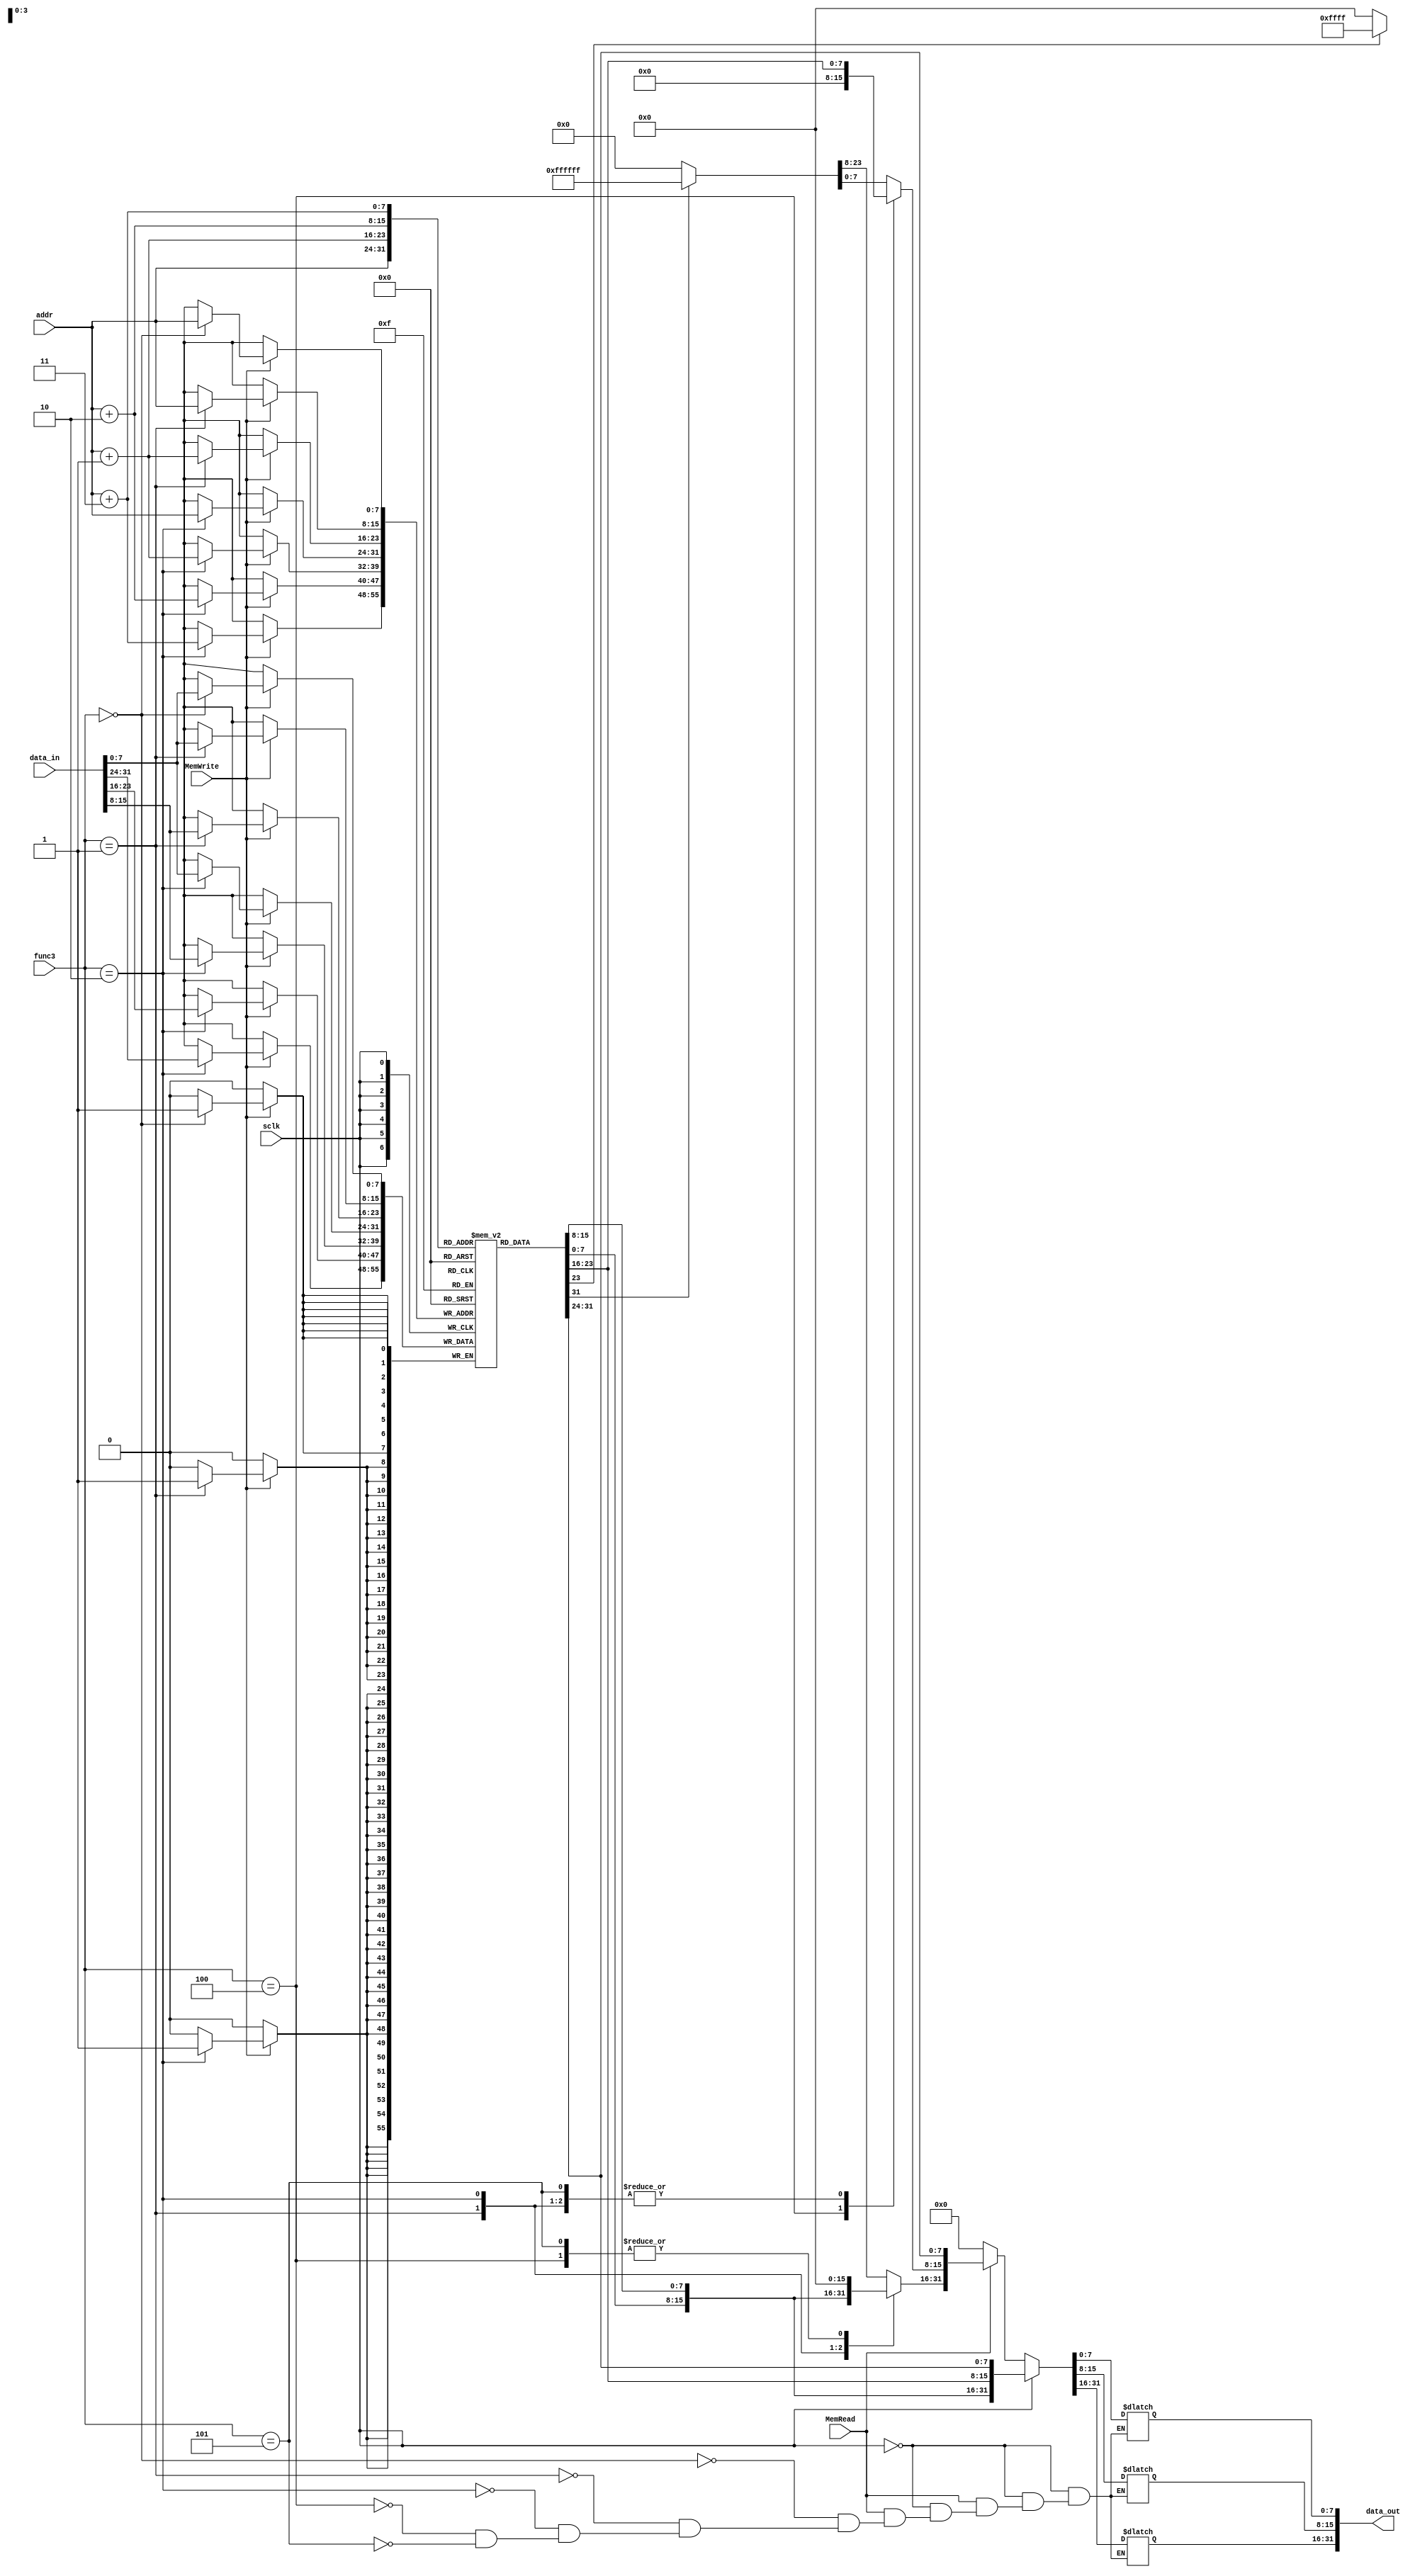
`timescale 1ns / 1ps
//////////////////////////////////////////////////////////////////////////////////
// Company: 
// Engineer: 
// 
// Design Name: 
// Module Name: memory
// Project Name: 
// Target Devices: 
// Tool Versions: 
// Description: 
// 
// Dependencies: 
// 
// Revision:
// Revision 0.01 - File Created
// Additional Comments:
// 
//////////////////////////////////////////////////////////////////////////////////


module memory(input sclk,input  MemRead, input MemWrite, 
             input [7:0] addr,input [31:0] data_in,input [2:0] func3,
              output reg [31:0] data_out);
              
              
               reg [7:0] mem [0:255];         
        
    
                                 always @(negedge sclk)
                                 begin
                                 if (MemWrite)
                                 begin
                                 case(func3)
                                            3'b000:begin //SB
                                            mem[addr] = data_in[7:0];
                                            end
                                            3'b001:begin //SH
                                            {mem[addr+1],mem[addr]} = data_in[15:0];
                                            end
                                            3'b010:begin //SW
                                            {mem[addr+3],mem[addr+2],mem[addr+1],mem[addr]} = data_in[31:0];
                                            end
                                             endcase
                                 end
                                 end
                                 always@(*) begin
                                  
                                         if(sclk==1)
                                         begin
                                          data_out={mem[addr+3],mem[addr+2],mem[addr+1],mem[addr]};
                                         end
                                 else
                                 
                                 if(MemRead)
                                     begin
                                         case(func3)
                                                3'b000:begin //LB
                                                 data_out[7:0]=mem[addr];
                                                if(data_out[7]==1)
                                                 data_out[31:8]=24'hffffff;
                                                else
                                                 data_out[31:8]=24'h000000;
                                                end
                                                3'b001:begin //LH
                                                data_out[15:0]={mem[addr+1],mem[addr]};
                                                if(data_out[15]==1)
                                                data_out[31:16]=16'hffff;
                                                else 
                                                data_out[31:16]=16'h0000;
                                                end
                                                3'b010:begin //LW
                                                data_out={mem[addr+3],mem[addr+2],mem[addr+1],mem[addr]};
                                                end
                                                3'b100:begin //LBU
                                                data_out[7:0]=mem[addr];
                                                data_out[31:8]=24'h000000;
                                                end
                                                3'b101:begin //LHU
                                                data_out[15:0]={mem[addr+1],mem[addr]};
                                                data_out[31:16]=16'h0000;
                                                end
                                        // assign data_out = MemRead?mem[addr]:0;
                                         endcase
                                     end
                                     else data_out=32'b00000000000000000000000000000000;  
                                end
                                 initial begin
                                 
                                 
                                 {mem[3],mem[2],mem[1],mem[0]}=32'h5dc00113;
                                 {mem[7],mem[6],mem[5],mem[4]}=32'h7ff00193;
                               {mem[11],mem[10],mem[9],mem[8]}=32'h40218233;
//                                 {mem[15],mem[14],mem[13],mem[12]}=32'h00310233;
                                 
//                                 {mem[19],mem[18],mem[17],mem[16]}=32'h021263b3;
//                                 {mem[23],mem[22],mem[21],mem[20]}=32'h02139433;
//                                 {mem[27],mem[26],mem[25],mem[24]}=32'h00219463;
                                 
                                 
                                 
                                   

                            






                                    
//                                             {mem[3],mem[2],mem[1],mem[0]}=32'b000000000000_00000_010_00001_0000011 ; //lw x1, 0(x0)  //0
//                                             {mem[7],mem[6],mem[5],mem[4]}=32'b000000000100_00000_010_00010_0000011 ; //lw x2, 4(x0)//4
//                                             {mem[11],mem[10],mem[9],mem[8]}= 32'b000000001000_00000_010_00011_0000011 ; //lw x3, 8(x0)  //8
//                                             {mem[15],mem[14],mem[13],mem[12]}=32'b0000000_00000_00000_000_00000_0110011 ; //add x0, x0, x0 //0 
                                          
//                                             {mem[19],mem[18],mem[17],mem[16]}=32'b0000000_00010_00001_110_00100_0110011 ; //or x4, x1, x2   //25
//                                             {mem[23],mem[22],mem[21],mem[20]}=32'b0000000_00011_00000_010_01100_0100011; //sw x3, 12(x0)  //12
                                             
//                                             //{mem[27],mem[26],mem[25],mem[24]}=32'b0100000_00011_00100_000_01110_0110011 ; //sub x10, x4, x3  //0
                                             
//                                            {mem[27],mem[26],mem[25],mem[24]}=32'b0_000001_00011_00100_000_0000_0_1100011; //beq x4, x3, 16 //0
                                             
                                             
//                                             {mem[31],mem[30],mem[29],mem[28]}=32'b0000000_00010_00001_000_00011_0110011 ; //add x3, x1, x2 //26
                                             
//                                             {mem[35],mem[34],mem[33],mem[32]}=32'b0000000_00010_00011_000_00101_0110011 ; //add x5, x3, x2  //35
                                             
//                                             {mem[39],mem[38],mem[37],mem[36]}=32'b0100000_00011_00100_000_01010_0110011 ; //sub x10, x4, x3  //-1
//                                             {mem[43],mem[42],mem[41],mem[40]}=32'b000000001100_00000_010_00110_0000011 ; //lw x6, 12(x0)  //12
//                                             {mem[47],mem[46],mem[45],mem[44]}=32'b0000000_00000_00000_000_00000_0110011 ; //add x0, x0, x0   //0
//                                             {mem[51],mem[50],mem[49],mem[48]}=32'b0000000_00001_00110_111_00111_0110011 ; //and x7, x6, x1 //17
//                                             {mem[55],mem[54],mem[53],mem[52]}=32'b0000000_00110_00000_000_00100_0110011 ; //add x8, x6, x0  //25
//                                             {mem[59],mem[58],mem[57],mem[56]}=32'b0100000_00011_00100_000_01010_0110011 ; //sub x10, x4, x3  //0
                                                                                   
//                                             {mem[63],mem[62],mem[61],mem[60]}=32'b0000000_00000_00000_000_00000_0110011 ; //add x0, x0, x0  //0
//                                             {mem[67],mem[66],mem[65],mem[64]}=32'b000000001100_00000_010_00110_0000011 ; //lw x6, 12(x0)  //12
                                             
                                             
////                                             {mem[71],mem[70],mem[69],mem[68]}=32'b0_0000010000_0_00000000_00001_1101111 ; //JAL  x1, 16  //72, 84
                                             
                                             
                                             
                                             
                                             
                                             
                                             
////                                             {mem[71],mem[70],mem[69],mem[68]}=32'b000000001000_00110_000_00010_1100111; // JALR x2, x6, 8 //datainp=72, pc=20
////                                             {mem[75],mem[74],mem[73],mem[72]}=32'b000000001000_00000_000_00001_0010011 ; //addi x1,x0,12  //8
                                             
////                                             {mem[79],mem[78],mem[77],mem[76]}=32'b00000000000000000111_00111_0110111; //lui x5,5 //
                                             
                                             
//                                              //{mem[75],mem[74],mem[73],mem[72]}=32'b0000000_00001_00110_111_00111_0110011 ; //and x7, x6, x1 //17
                                             
////                                             {mem[75],mem[74],mem[73],mem[72]}=32'b0000000_00001_00110_111_00111_0110011 ; //and x7, x6, x1 //17
////                                             {mem[79],mem[78],mem[77],mem[76]}=32'b0000000_00110_00000_000_00100_0110011 ; //add x8, x6, x0  //25
                                             
////                                             {mem[83],mem[82],mem[81],mem[80]}=32'b0100000_00010_00001_000_01000_0110011 ; //sub x8, x1, x2  //8
////                                             {mem[87],mem[86],mem[85],mem[84]}=32'b0000000_00000_00000_000_00000_0110011 ; //add x0, x0, x0  //0
////                                             {mem[91],mem[90],mem[89],mem[88]}=32'b0000000_00010_00001_000_00000_0110011 ; //add x0, x1, x2  //0
////                                             {mem[95],mem[94],mem[93],mem[92]}=32'b0000000_00000_00000_000_00000_0110011 ; //add x0, x0, x0  //0
////                                             {mem[99],mem[98],mem[97],mem[96]}=32'b0000000_00001_00000_000_01001_0110011 ; //add x9, x0, x1 //17
                                             
//                                             //fill ur instreuctions from 100
                               
         
                                             
                                             
//                                              {mem[203],mem[202],mem[201],mem[200]}=32'b00000000000000000000000000010001; //17 
//                                              {mem[207],mem[206],mem[205],mem[204]}=32'b00000000000000000000000000001001; //9
//                                              {mem[211],mem[210],mem[209],mem[208]}=32'b00000000000000000000000000011001; //25
                                  end

endmodule